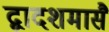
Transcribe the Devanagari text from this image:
द्वादशमासै